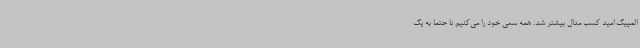
المپیک امید کسب مدال بیشتر شد. همه سعی خود را می‌کنیم تا حتما به یک